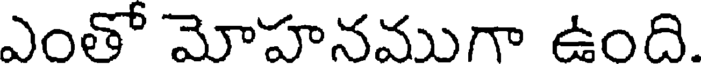
ఎంతో మోహనముగా ఉంది.